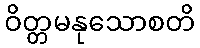
ဝိတ္တမနုသောစတိ